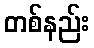
တစ်နည်း